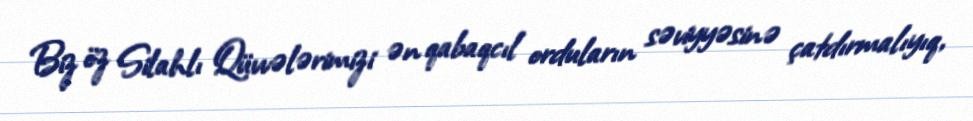
Biz öz Silahlı Qüvvələrimizi ən qabaqcıl orduların səviyyəsinə çatdırmalıyıq,